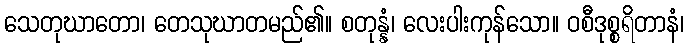
သေတုဃာတော၊ တေသုဃာတမည်၏။ စတုန္နံ၊ လေးပါးကုန်သော။ ဝစီဒုစ္စရိတာနံ၊